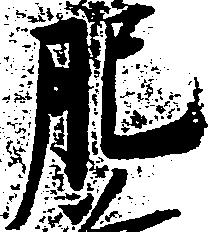
肥